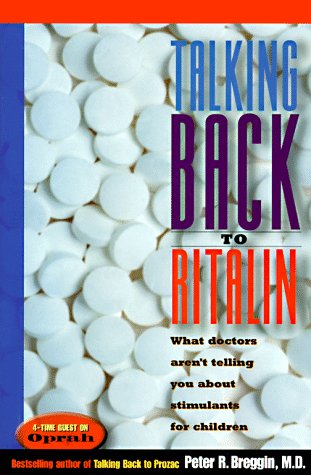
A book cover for Talking Back to Ritalin: What Doctors Aren't Telling You about Stimulants for Children; Peter R. Breggin; Parenting & Relationships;